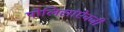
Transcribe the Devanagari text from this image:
पोलिसांऐवजी